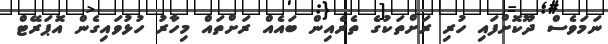
ނަމަވެސް ދޫކޮށްފައި ހުރި ރަށްތަކުގެ ތެރެއިން ބައެއް ރަށްތައް މިހާރު ހުޅުވައިގެން އޮޕަރޭޓް